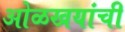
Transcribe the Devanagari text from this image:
ओळखयांची